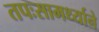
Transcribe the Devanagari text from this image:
तपःसामर्थ्याने